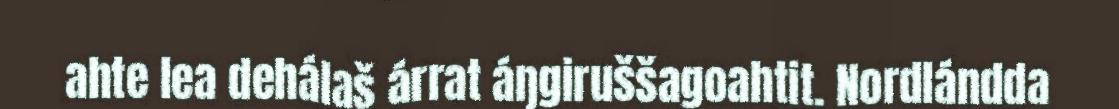
ahte lea dehálaš árrat áŋgiruššagoahtit. Nordlándda